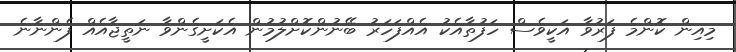
މިއިން ކޮންމެ ފަރުވާ އަކީވެސް ހަފުތާއެކު އެއްފަހަރު ބޭނުންކޮށްލުމުން އެކަށީގެންވާ ނަތީޖާއެއް ފެންނާނެ